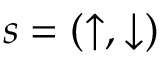
s = ( \uparrow , \downarrow )